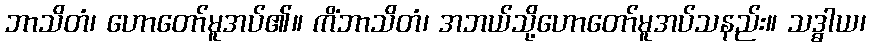
ဘာသိတံ၊ ဟောတော်မူအပ်၏။ ကိံဘာသိတံ၊ အဘယ်သို့ဟောတော်မူအပ်သနည်း။ သဒ္ဓါယ၊